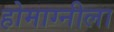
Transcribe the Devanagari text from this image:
होमाग्नीला